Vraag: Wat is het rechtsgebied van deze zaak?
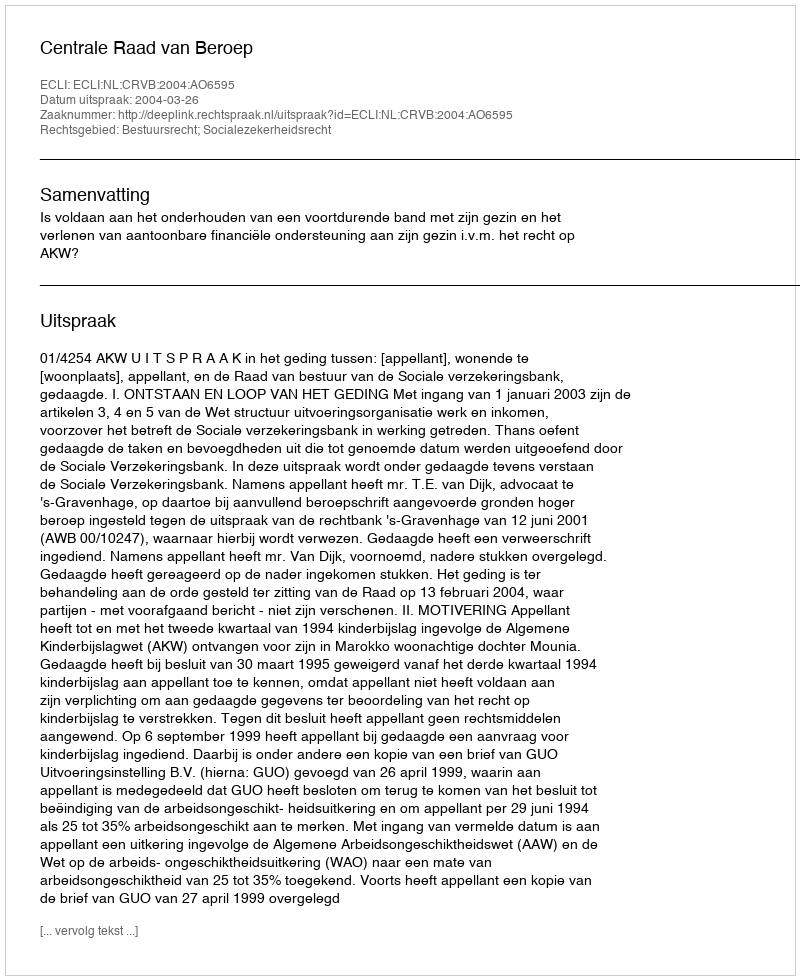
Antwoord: Bestuursrecht; Socialezekerheidsrecht